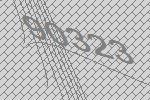
90323